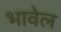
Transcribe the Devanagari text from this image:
भावेल